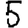
Digit: 5